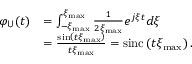
\begin{array} { r l } { \ensuremath { \varphi _ { \mathsf { U } } } ( t ) } & { = \int _ { - \ensuremath { \xi } _ { \operatorname* { m a x } } } ^ { \ensuremath { \xi } _ { \operatorname* { m a x } } } \frac { 1 } { 2 \ensuremath { \xi } _ { \operatorname* { m a x } } } e ^ { j \ensuremath { \xi } t } d \ensuremath { \xi } } \\ & { = \frac { \sin \left( t \ensuremath { \xi } _ { \operatorname* { m a x } } \right) } { t \ensuremath { \xi } _ { \operatorname* { m a x } } } = \ensuremath { \operatorname { s i n c } \left( t \ensuremath { \xi } _ { \operatorname* { m a x } } \right) } . } \end{array}